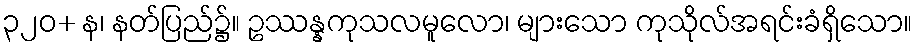
၃၂၀+ န၊ နတ်ပြည်၌။ ဥဿန္နကုသလမူလော၊ များသော ကုသိုလ်အရင်းခံရှိသော။